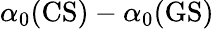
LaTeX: \alpha_{0}(\mathrm{CS})-\alpha_{0}(\mathrm{GS})